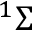
^ 1 \Sigma